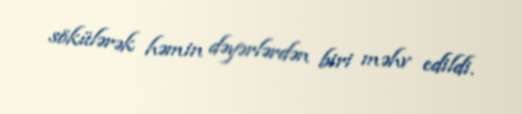
sökülərək həmin dəyərlərdən biri məhv edildi.